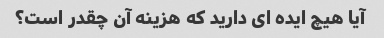
آیا هیچ ایده ای دارید که هزینه آن چقدر است؟